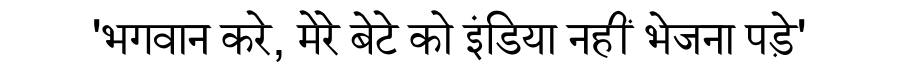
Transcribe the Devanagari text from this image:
'भगवान करे, मेरे बेटे को इंडिया नहीं भेजना पड़े'